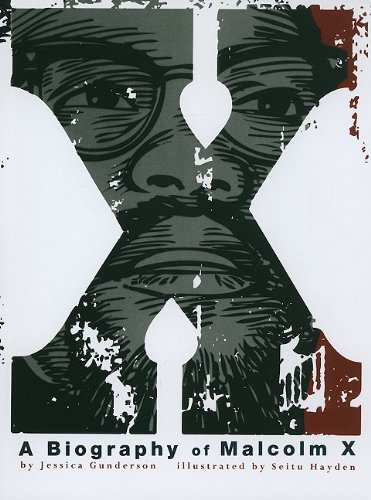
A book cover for X:  A Biography of Malcolm X (American Graphic); Jessica Gunderson; Children's Books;